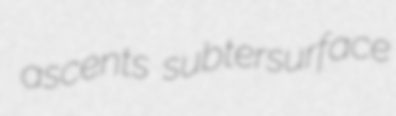
ascents subtersurface